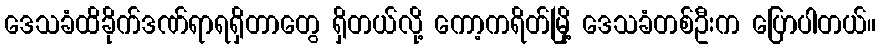
ဒေသခံထိခိုက်ဒဏ်ရာရရှိတာတွေ ရှိတယ်လို့ ကော့ကရိတ်မြို့ ဒေသခံတစ်ဦးက ပြောပါတယ်။